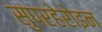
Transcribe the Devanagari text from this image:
सुपरहेरोइन